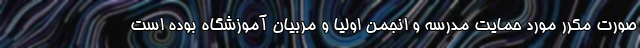
صورت مکرر مورد حمایت مدرسه و انجمن اولیا و مربیان آموزشگاه بوده است